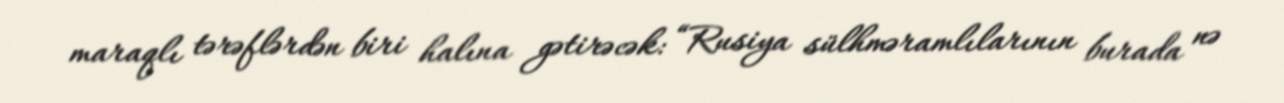
maraqlı tərəflərdən biri halına gətirəcək: “Rusiya sülhməramlılarının burada nə